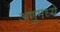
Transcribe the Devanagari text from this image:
अणुमध्ये